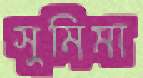
সুমিমা